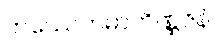
ကဿေတမာကိဏ္ဏဇနံ